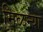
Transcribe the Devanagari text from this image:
मिळन्या